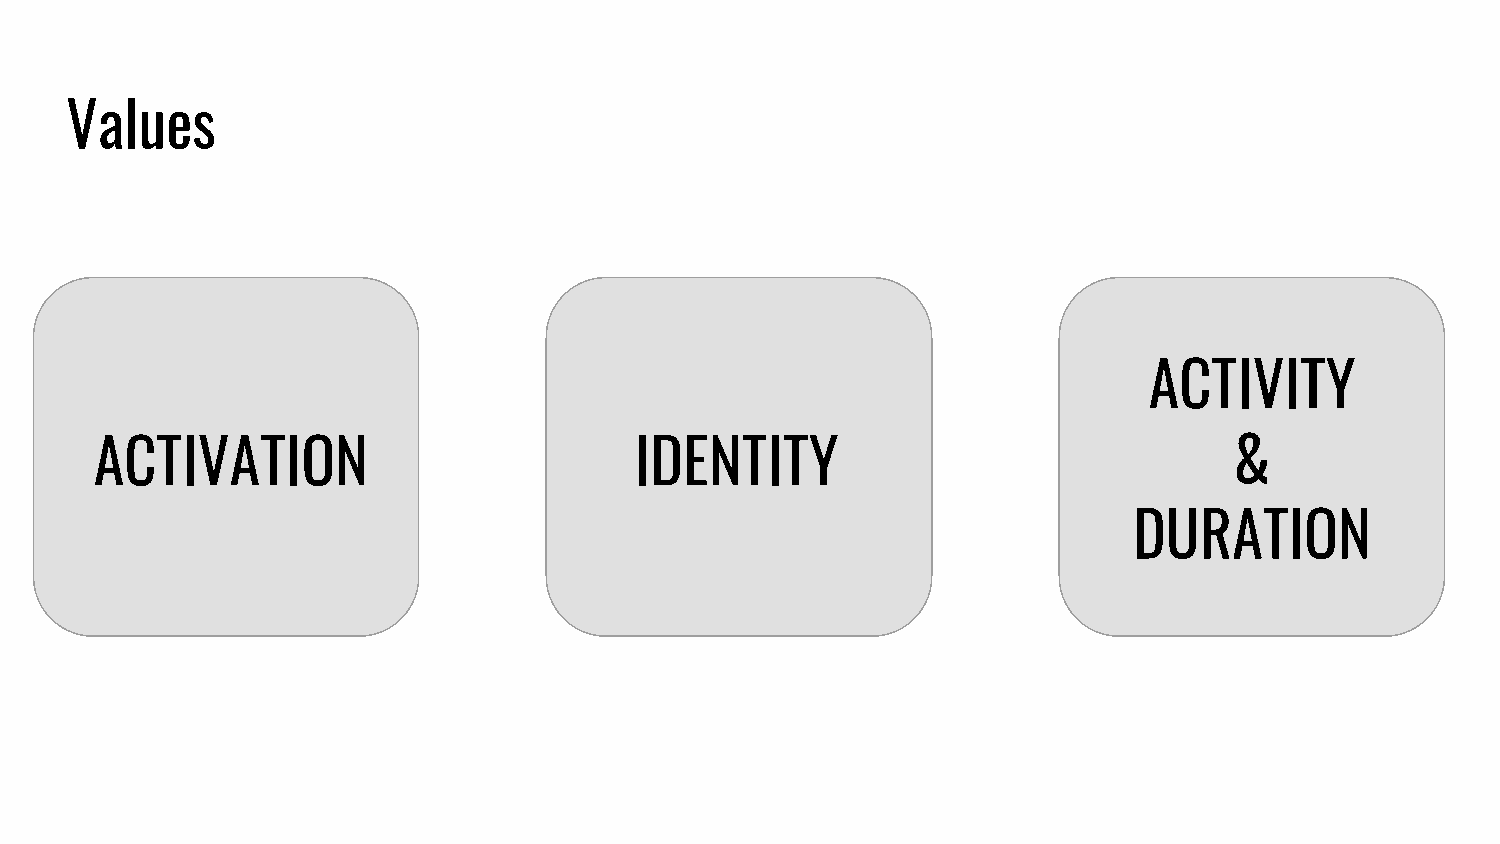
Values
 ACTIVITY
 ACTIVATION                          IDENTITY                                &
 DURATION